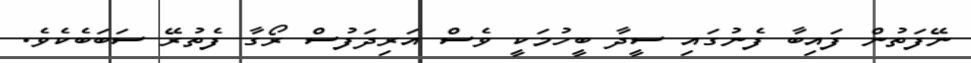
ނޭފަތުން ފައިބާ ފެނުގައި ސީދާ ބީހުމަކީ ވެސް އަރިދަފުސް ރޯގާ ފެތުރޭ ސަބަބެކެވެ.